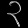
Digit: ၃